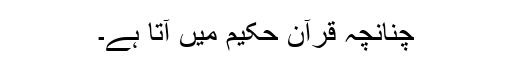
چنانچہ قرآن حکیم میں آتا ہے۔